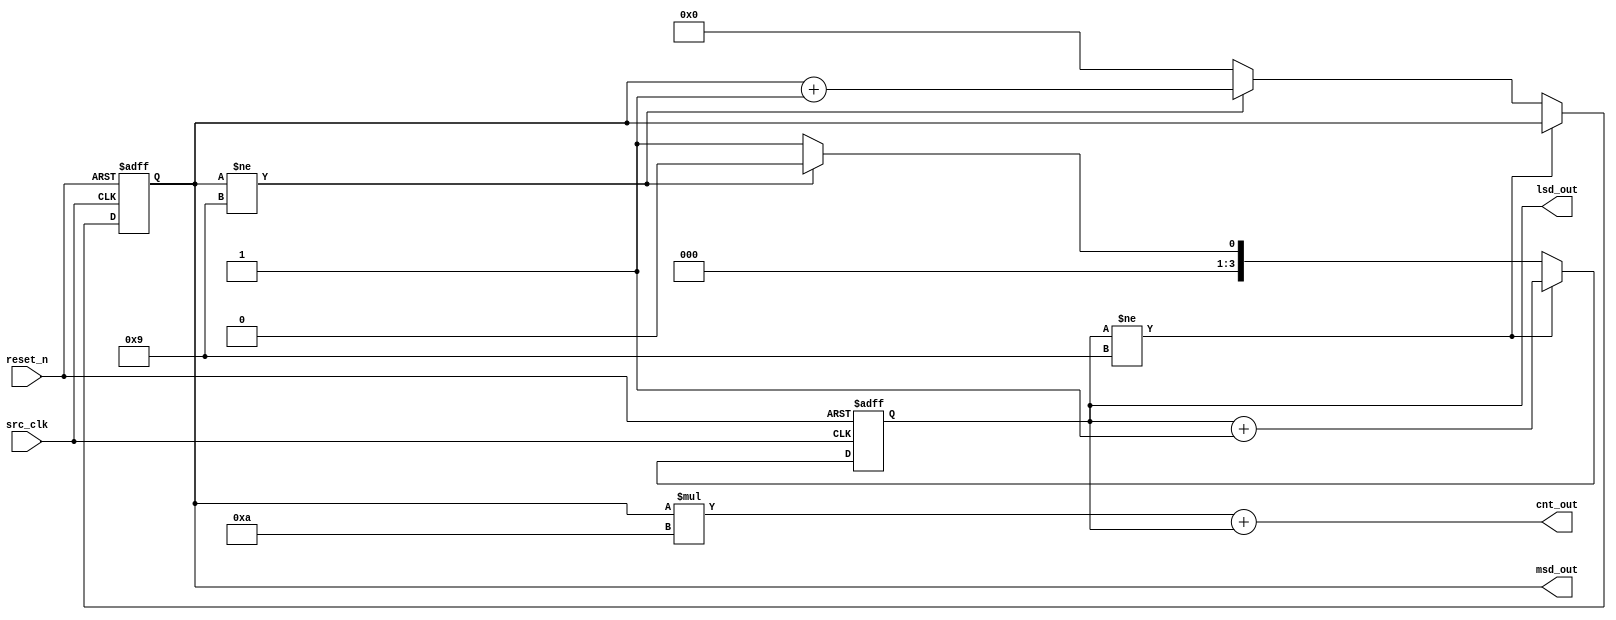
module bcd_counter(
		   input 	src_clk,
		   input 	reset_n,
		   output [3:0] msd_out,
		   output [6:0] cnt_out,
		   output [3:0] lsd_out
		   );
   
   reg [3:0] 			msd_tmp;
   reg [3:0] 			lsd_tmp;

   
   always @(posedge src_clk or negedge reset_n)
     begin
	
	if(reset_n == 0)
	  begin
	     lsd_tmp <= 1;
	     msd_tmp <= 0;
	  end
	else if(lsd_tmp != 9)
	  lsd_tmp <= lsd_tmp + 1;
	else
	  begin
	     if(msd_tmp != 9)
	       begin
		  lsd_tmp <= 0;
		  msd_tmp <= msd_tmp + 1;
	       end
	     else
	       begin
	    	  lsd_tmp <= 1;
		     msd_tmp <= 0;
	       end
	  end
	
     end // always @ (posedge clock or negedge reset_n)


   assign lsd_out = lsd_tmp;
   assign msd_out = msd_tmp;
   
   assign cnt_out = (msd_tmp*10) + ({3'b0, lsd_tmp});
   
   
endmodule // lcd_outer_lsd